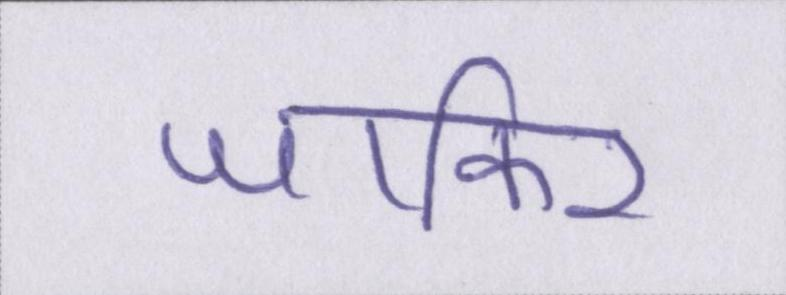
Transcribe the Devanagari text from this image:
जाकिर